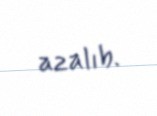
azalıb.